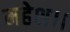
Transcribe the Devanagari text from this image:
महेश।।